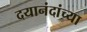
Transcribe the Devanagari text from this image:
दयानंदांच्या